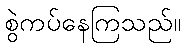
စွဲကပ်နေကြသည်။